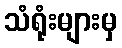
သံရုံးများမှ